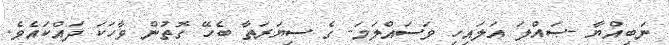
ނަބިއްޔާ -ޞައްލަ ޢަލައިހި ވަސައްލަމަ- ގެ ސިޔަރަތާ ބެހޭ ގޮތުން ވާހަކަ ދައްކައެވެ.